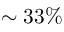
\sim 3 3 \%